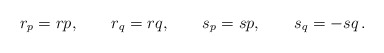
\begin{align*}r_p=rp, \qquad r_q=rq, \qquad s_p=sp, \qquad s_q=-sq\, .\end{align*}